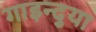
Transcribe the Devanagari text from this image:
गाइन्दुया